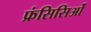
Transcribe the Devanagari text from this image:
फ्रंसिसिओं